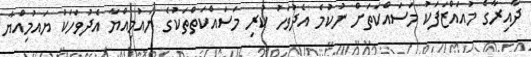
ދާއިރާގެ މުއައްޒަފަކު މަސައްކަތަށް ނުކުމެ އެދުވަހު ކުރި މަސައްކަތްތަކުގެ ޔައުމިއްޔާ އެދުވަހަކު ޔައުމިއްޔާ